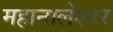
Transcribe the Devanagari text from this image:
महानालेश्वर